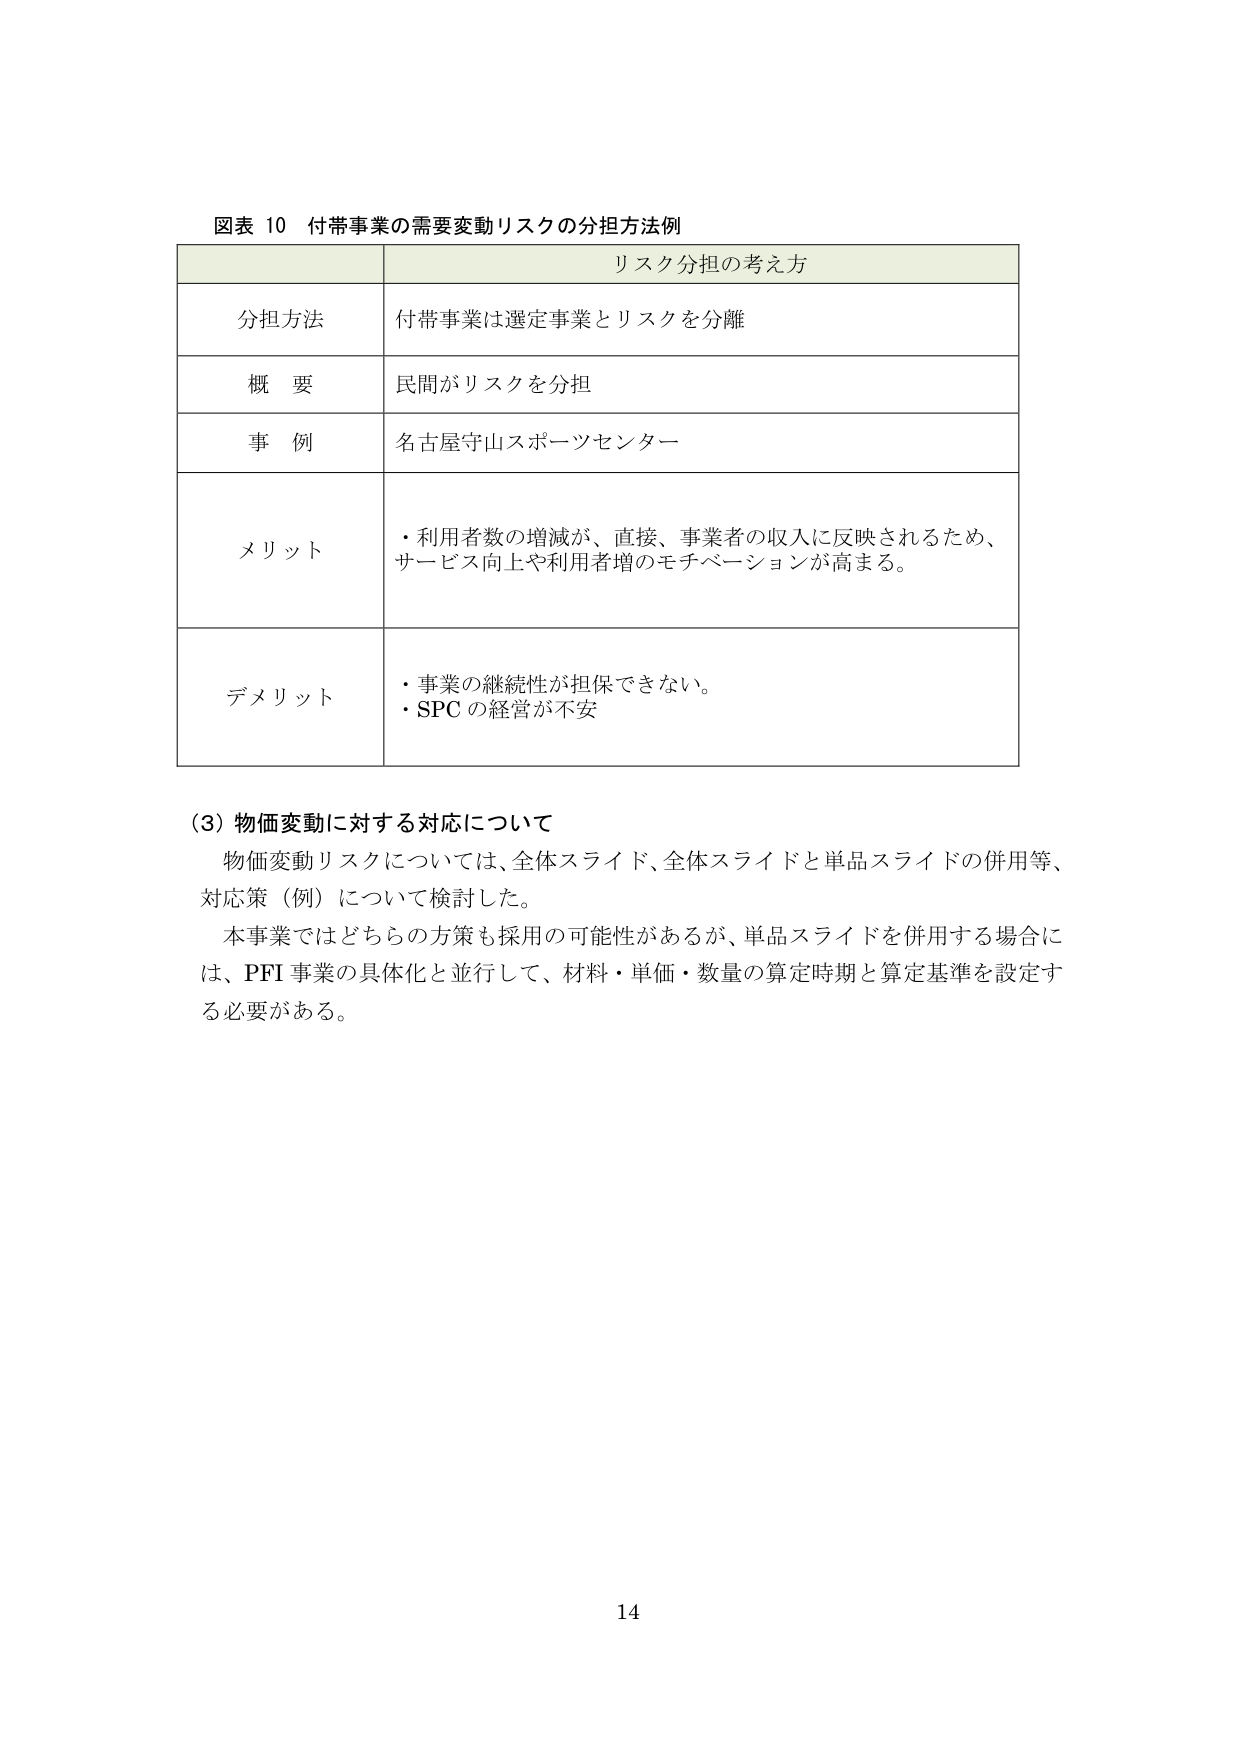
図表 10 付帯事業の需要変動リスクの分担方法例

リスク分担の考え方

分担方法 付帯事業は選定事業とリスクを分離

概要 民間がリスクを分担

事例 名古屋守山スポーツセンター

メリット ・利用者数の増減が、直接、事業者の収入に反映されるため、サービス向上や利用者増のモチベーションが高まる。

デメリット ・事業の継続性が担保できない。
・SPC の経営が不安

（3）物価変動に対する対応について
物価変動リスクについては、全体スライド、全体スライドと単品スライドの併用等、対応策（例）について検討した。
本事業ではどちらの方策も採用の可能性があるが、単品スライドを併用する場合には、PFI 事業の具体化と並行して、材料・単価・数量の算定時期と算定基準を設定する必要がある。

14